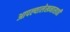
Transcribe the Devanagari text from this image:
आपल्यालेखनासाठी